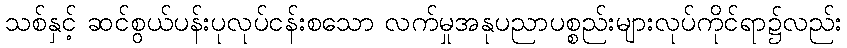
သစ်နှင့် ဆင်စွယ်ပန်းပုလုပ်ငန်းစသော လက်မှုအနုပညာပစ္စည်းများလုပ်ကိုင်ရာ၌လည်း